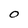
Character: O